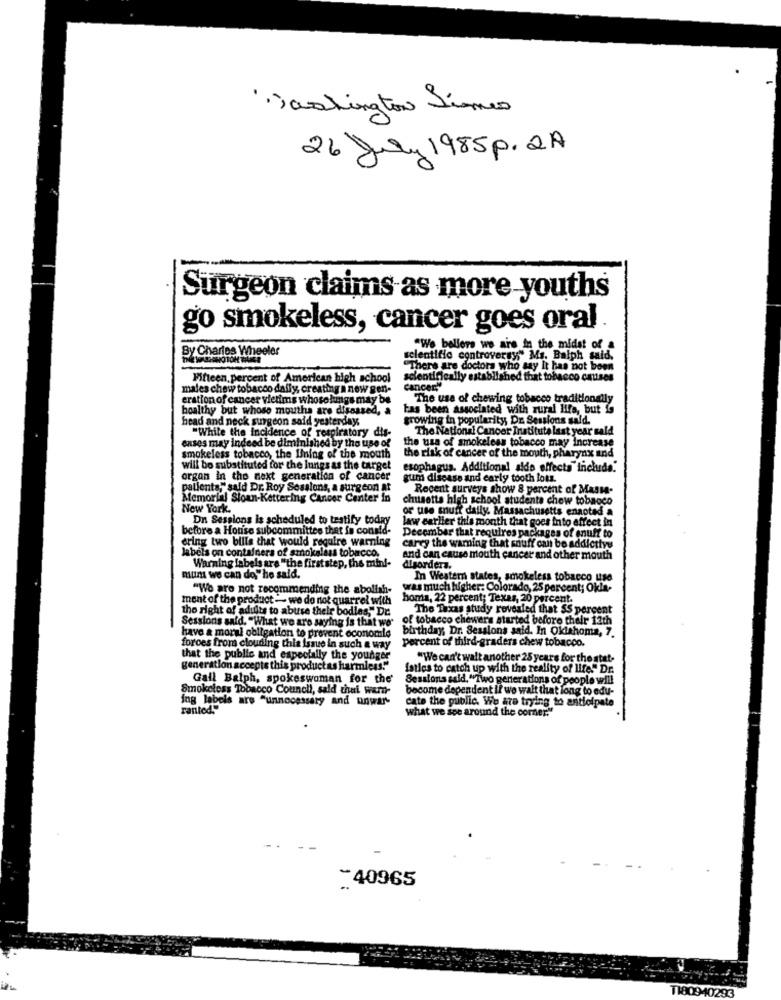
· · Jashington Times
26 July 1985p. 2A
Surgeon claims as more-youths
go smokeless, cancer goes oral .
By Chartes Wheeler
" We believe we are in the midst of a
scientific controversy" Ms. Balph said.
"There are doctors who say It has not been
Fifteen, percent of American high school
scientifically established that tobacco causes
males chew tobacco daffy, creating a new gen-
Cancer"
eration of cancer vietims whose lungs may be
The use of chewing tobacco traditionally
boalthy but whose mouths are diseased, a
has been associated with rural Ilfs, but is
head and neck surgeon said yesterday
growing in popularity DE Sessions sald.
The National Cancer Institute last year sald
"While the Incidence of respiratory dis-
enses may indeed be diminished by the use of
the risk of cancer of the mouth, pharynx and
the usa of smokeless tobacco may Increase
smokeless tobacco, the lining of the mouth
will bo substituted for the lungs as the target
esophagus. Additional side effects" incluido."
organ in the next generation of cancer
gum disease and early tooth lots.
patients," said Dr. Roy Sessions, a surgeon at
Recent surveys show 8 percent of Massa-
Memorial Sloan-Kettering Cancer Center in
chusetts high school students chew tobacco
New York.
or use snuff daily. Massachusetts enaotad a
Dn Sessions Is scheduled to testify today
law earlier this month that goes into effect in
before a House subcommittee that is consid-
ering two bills that would require warning
December that requires packages of enuff to
labels on containers of smokelass tobacco.
carey the warning that souff can be addicttyy
and can cause mouth cancer and other mouth
Warning labels are "the firststep, the mini-
disorders.
mum we can do" he said.
In Western states, smokeless tobacco use
"We are not recommending the abolish-
was much higher: Colorado, 25 percent; Okla-
ment of the product -- we do not quarrel with
homa, 22 percent; Texas, 20 percent.
the right of adults to abuse their bodies," De
The Taxas study revealed that SS percent
of tobacco chewers started before their 13th
Sessions said. "What we are saying is that we'
birthday, Dr. Sessions said. In Oklahoma, 7.
have a moral obligation to prevent economie
percent of third-graders chew tobacco.
forces from clouding this issue in such a way
that the public and especially the younger
"We can't walt another 25 years for the stat-
generation accepte this productas harmless."
fatles to catch up with the reality of life. Dr.
Gall Balph, spokeswoman for the'
Sessions said,"Two generations of people will
Smokeless Tobacco Council, sald thai wemnt-
become dependent if we wait that long to edu-
ing labels are "unnecessary and unwar-
cate the public. We are trying to anticipate
ranted!"
what we see around the corner."
-40965
1180940293